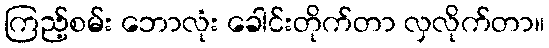
ကြည့်စမ်း ဘောလုံး ခေါင်းတိုက်တာ လှလိုက်တာ။